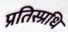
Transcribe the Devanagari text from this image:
प्रतिस्प्रधि